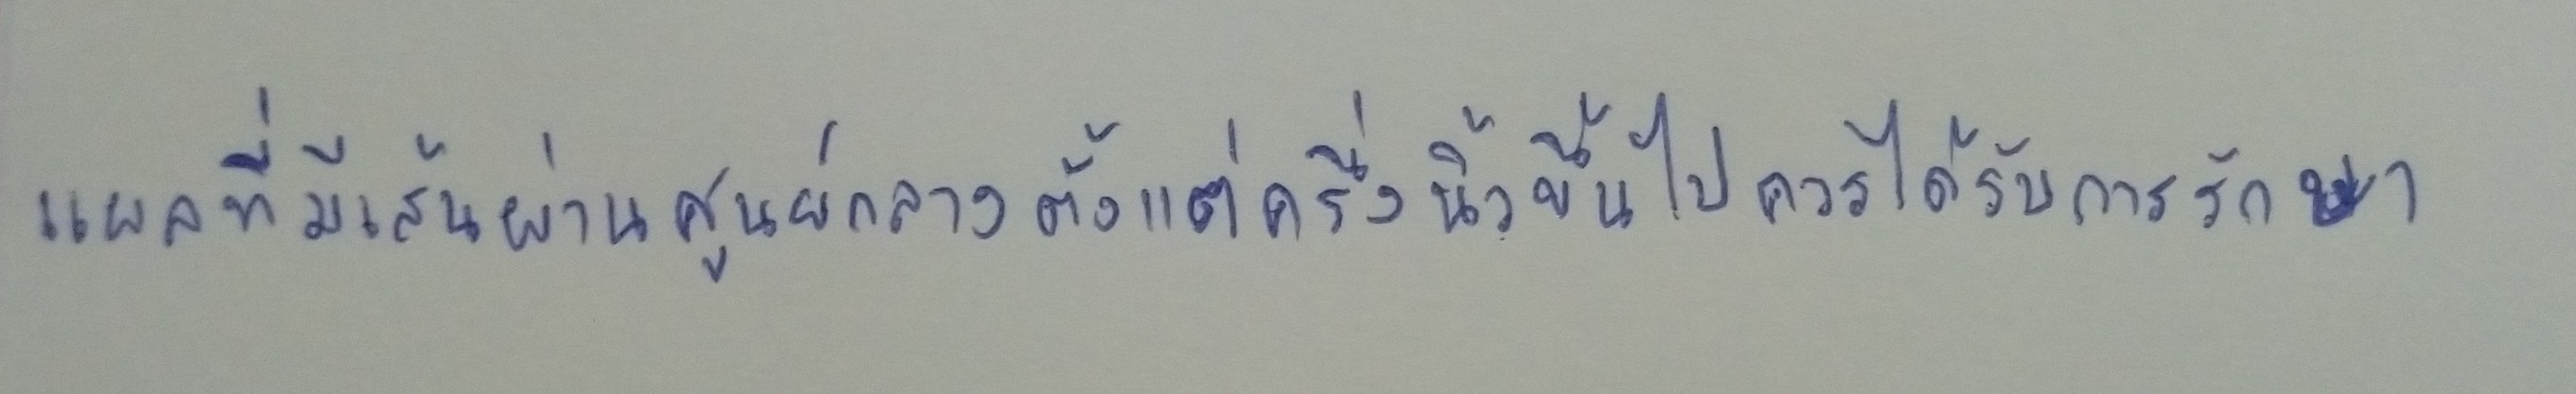
แผลที่มีเส้นผ่านศูนย์กลางตั้งแต่ครึ่งนิ้วขึ้นไปควรได้รับการรักษา